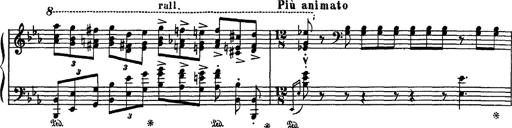
Title: Fantaisie sur des motifs favoris de l'opÃ©ra 'La sonnambula'
Composer: Franz Liszt